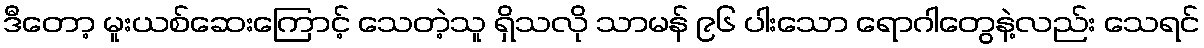
ဒီတော့ မူးယစ်ဆေးကြောင့် သေတဲ့သူ ရှိသလို သာမန် ၉၆ ပါးသော ရောဂါတွေနဲ့လည်း သေရင်